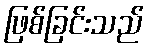
ဖြစ်ခြင်းသည်